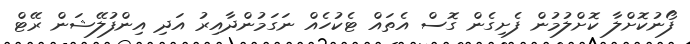
ފޯނުކޮށްލާ ކޮށްލުމުން ފެށިގެން ގޮސް އެތައް ޓެކުހެއް ނަގަމުންދާއިރު އަދި އިންފުލޭޝަން ރޭޓް